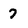
Character: 7